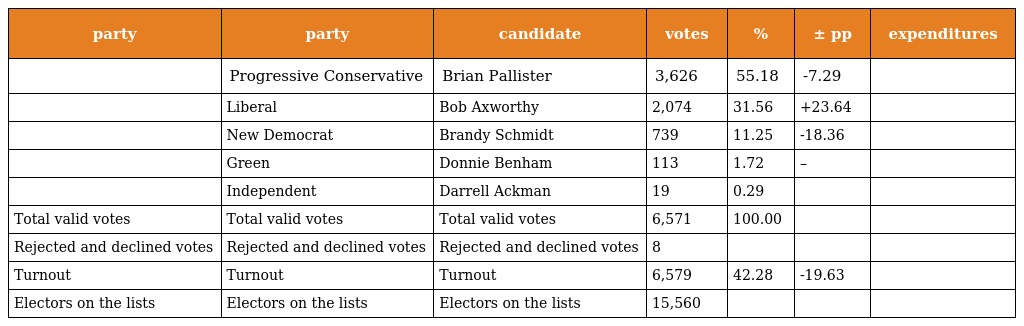
| party | party | candidate | votes | % | ± pp | expenditures |
 | --- | --- | --- | --- | --- | --- | --- |
 |  | Progressive Conservative | Brian Pallister | 3,626 | 55.18 | -7.29 |  |
 |  | Liberal | Bob Axworthy | 2,074 | 31.56 | +23.64 |  |
 |  | New Democrat | Brandy Schmidt | 739 | 11.25 | -18.36 |  |
 |  | Green | Donnie Benham | 113 | 1.72 | – |  |
 |  | Independent | Darrell Ackman | 19 | 0.29 |  |  |
 | Total valid votes | Total valid votes | Total valid votes | 6,571 | 100.00 |  |  |
 | Rejected and declined votes | Rejected and declined votes | Rejected and declined votes | 8 |  |  |  |
 | Turnout | Turnout | Turnout | 6,579 | 42.28 | -19.63 |  |
 | Electors on the lists | Electors on the lists | Electors on the lists | 15,560 |  |  |  |